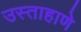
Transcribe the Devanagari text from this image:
उस्ताहाणे